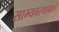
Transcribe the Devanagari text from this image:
साम्यवस्थावाले